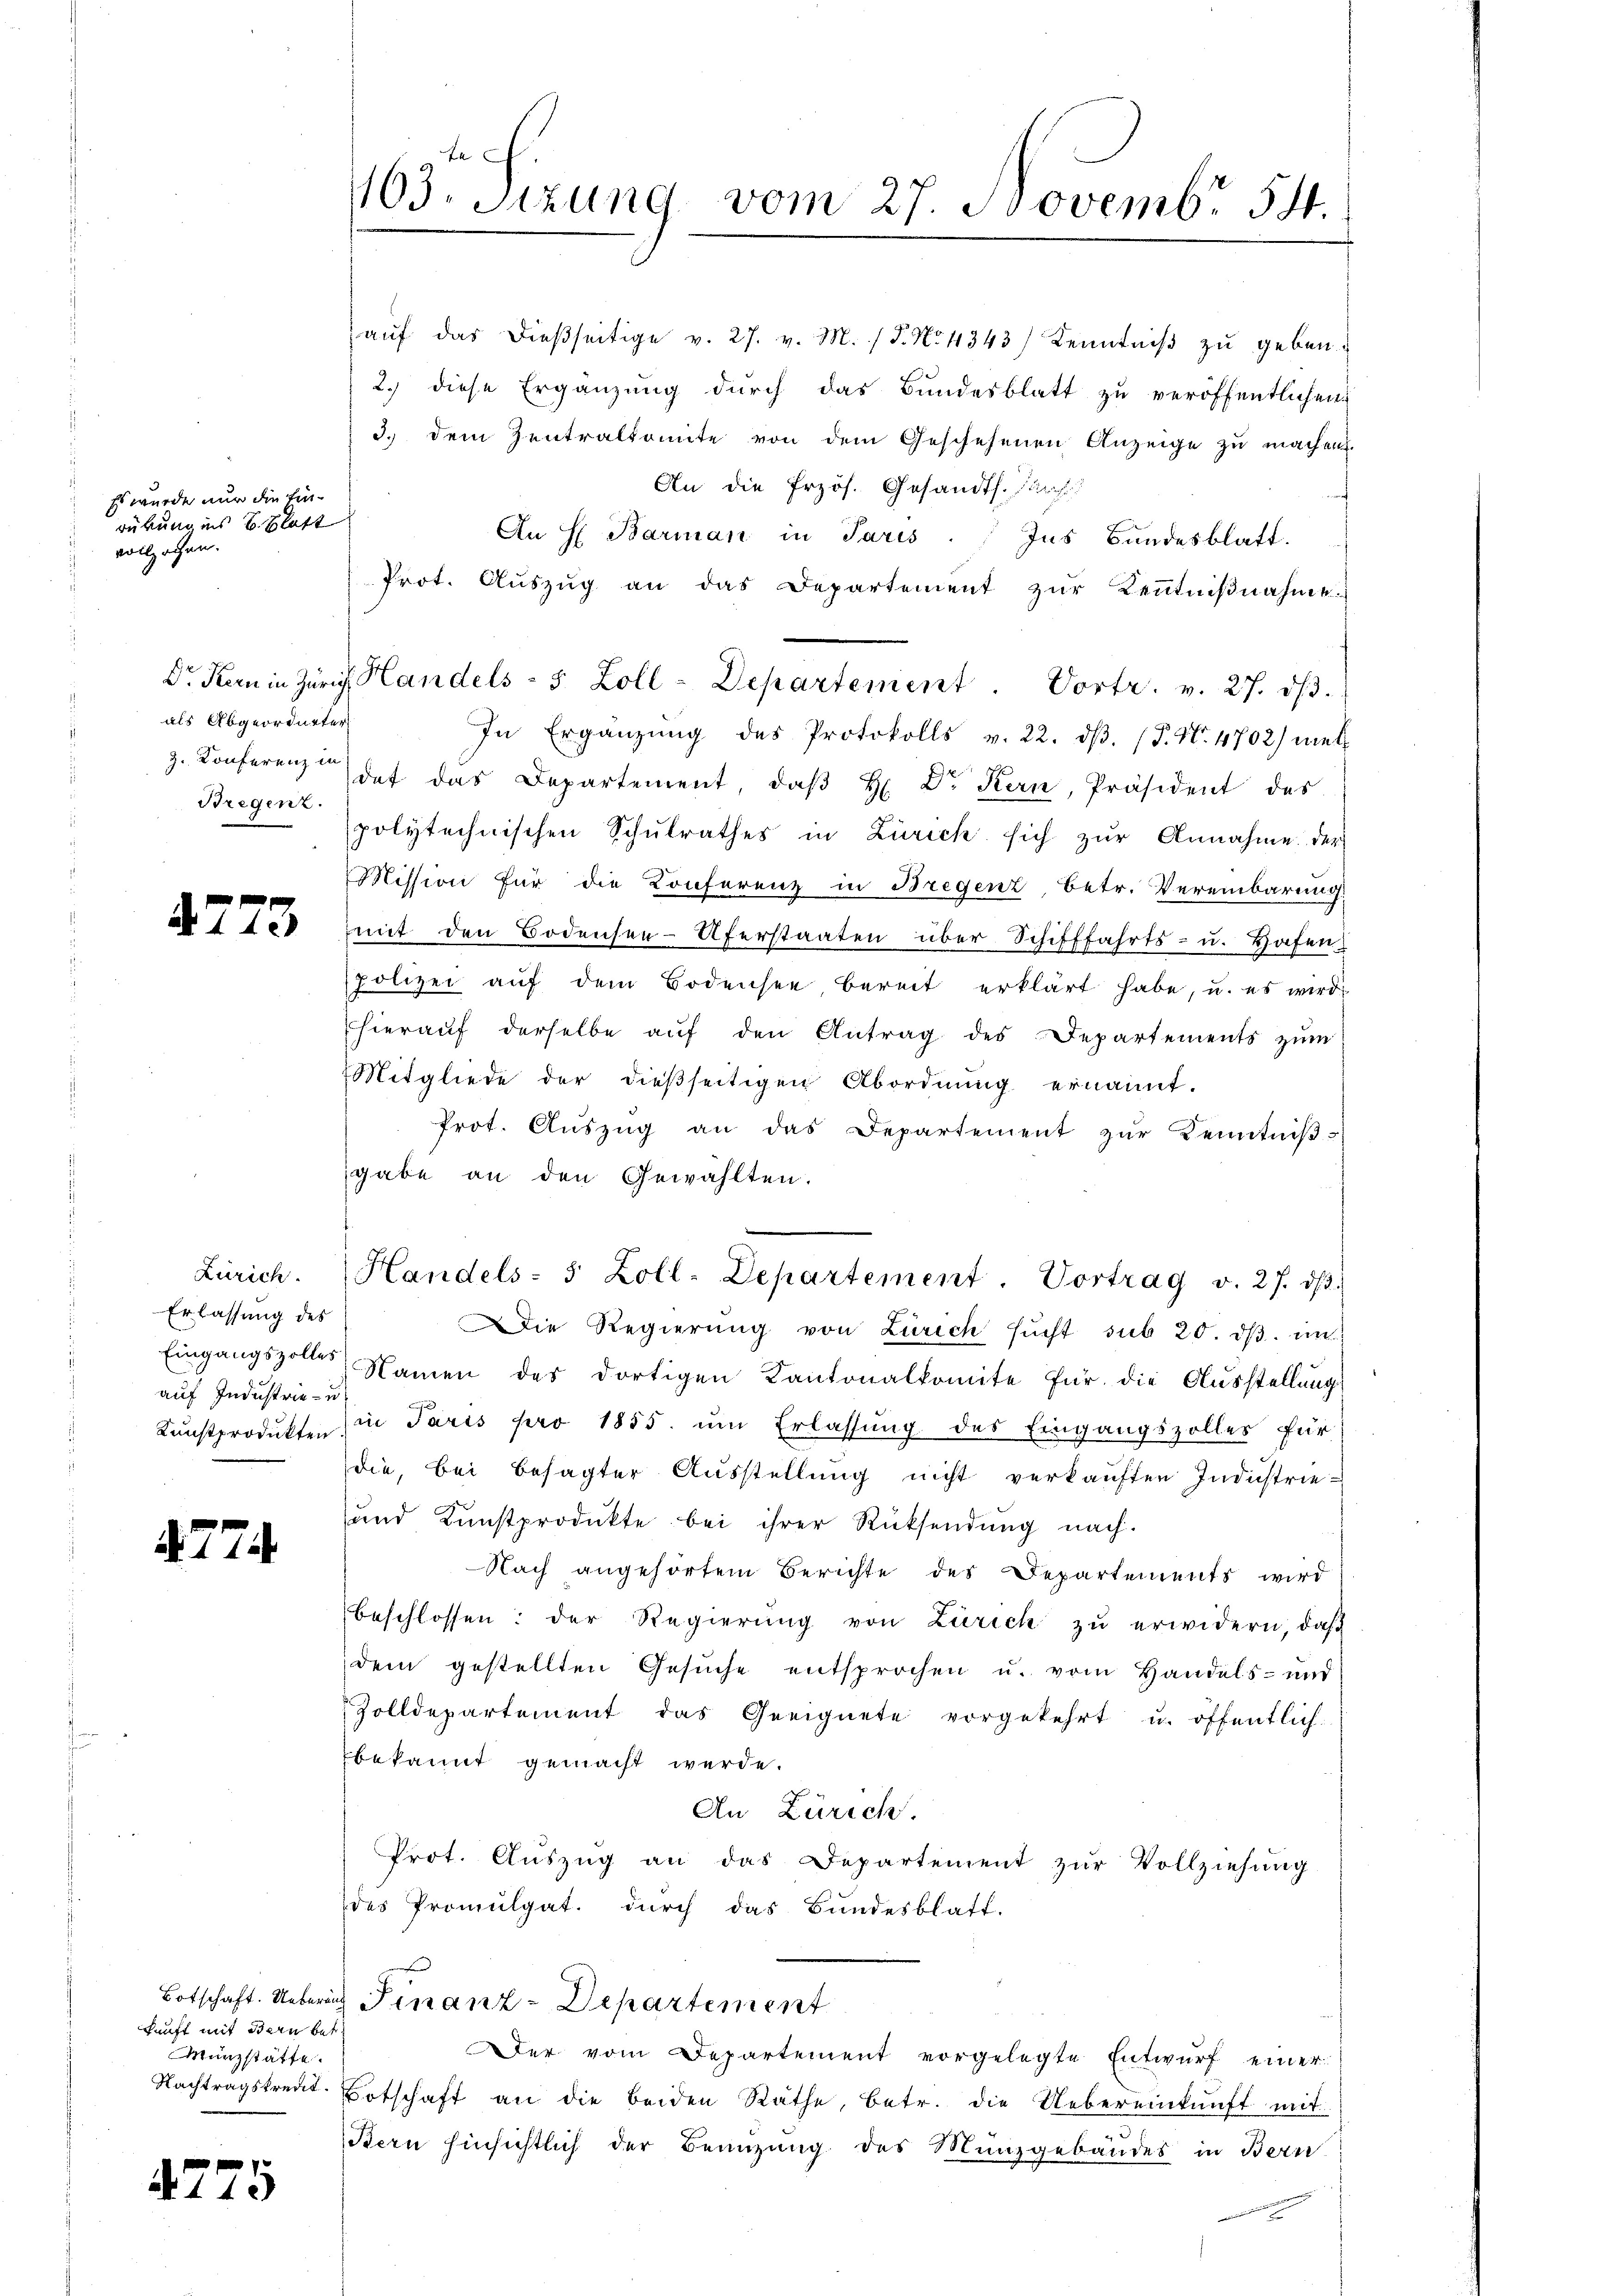
Es wurde nur die Einrückung ins 6 Klaft
vollzochen.

als Abgeordneter
Bregenz.

Erlassung des
auf Industrie - u.

4774.

kunft mit Bern betre
Münzstätte.

4725

165. Sizung vom 27. Novembr 54.

aŭf das dießseitige v. 27. v. M. / 5. No 1343) Kenntniβ zŭ geben.
2.) diese Ergänzung durch das Bundesblatt zu veröffentlichen
3.) dem Zentralkomite von dem Geschehenen Anzeige zu machen.
An die Przös. Gesandts. Par
An H Barman in Paris. Ins Bŭndesblatt.
Prot. Aŭszŭg an das Departement zŭr Kenntniβnahme
In Ergänzŭng des Protokolls v. 22. dβ. (T. N. 4702) met
z. Konferenz des das Departement, daβ H Dr. Kern, Präsident des
polytechnischen Schulrathes in Zürich sich zur Annahme der
Mission für die Konferenz in Bregenz, betr. Vereinbarung
dottes mit den Bodensee-Uferstaaten über Schifffahrts- u. Hafen
polizei auf dem Bodensee bereit erklärt habe, u. es wird
hieraŭf derselbe aŭf den Antrag des Departements zum
Mitgliede der dießseitigen Abordnŭng ernannt.
Prot. Aŭszŭg an das Departement zŭr Kenntniβ-
gabe an den Gewählten.
Zürich. Handels- 5 Zoll-Departement. Vortrag v. 27. dβ.
Die Regierŭng von Zürich sŭcht sub 20. dβ. un
Eingangszoller Namen des dortigen Kantonalkomite für die Aŭsstellŭng
Kŭnstprodukten in Paris pro 1855. ŭm Erlassŭng des Eingangszolles für
die, bei besagter Ausstellung nicht verkauften Industrie-
und Kunstprodukte bei ihrer Rücksendung nach.
Nach angehörtem Berichte des Departements wird
beschlossen: der Regierŭng von Zürich zŭ erwidern, daβ
dem gestellten Gesŭche entsprochen u. vom Handels- und
Zolldepartement das Geeignete vorgekehrt u. öffentlich
bekannt gemacht werde.
An Zürich.
Prot. Aŭszŭg an das Departement zŭr Vollziehung
des Promulgat. durch das Bundesblatt.
Botschaft. Ueberig Finanz-Departement
Der vom Departement vorgelegte Entwurf einer
Nachtragsfreut. Botschaft an die beiden Räthe, betr. die Uebereinkunft mit
Bern hinsichtlich der Beanzung des Münzgebäudes in Bern

Dr. Kern in Zürich Handels- 5 Zoll-Departement Vortr. v. 27. dβ.